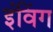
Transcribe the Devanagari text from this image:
इंविंग